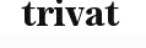
trivat